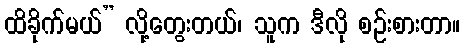
ထိခိုက်မယ်” လို့တွေးတယ်၊ သူက ဒီလို စဉ်းစားတာ။